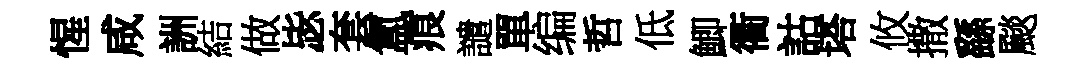
惺咸詶結做毖套氲痕譴單编哲低鯽衢詁塔攸撒繇颷